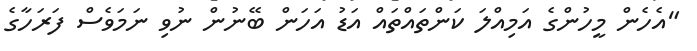
"އެހެން މީހުންގެ އަމިއްލަ ކަންތައްތައް އަޑު އަހަން ބޭނުން ނުވި ނަމަވެސް ފަރަހާގެ